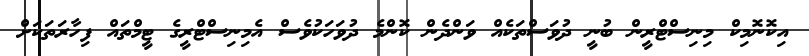
އިކޮނޮމިކް މިނިސްޓްރީން ބުނީ ދުވަސްތަކެއް ވަންދެން ކޮންމެ ދުވަހަކުވެސް އެމިނިސްޓްރީގެ ޓީމްތައް ފިހާރަތަކަށް